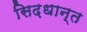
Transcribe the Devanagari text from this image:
सिद़धान्‍त